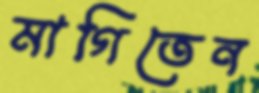
মাগিতেন